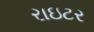
રાઇટર